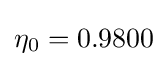
\eta _{0}=0.9800